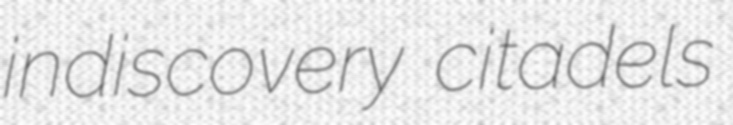
indiscovery citadels